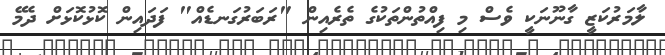
ލާމަރުކަޒީ ގާނޫނަކީ ވެސް މި ފިއްތުންތަކުގެ ތެރެއިން "ރަބަރުގަނޑެއް" ފަދައިން ކޮޅުކޮޅަށް ދެމޭ